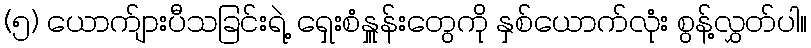
(၅) ယောက်ျားပီသခြင်းရဲ့ ရှေးစံနှူန်းတွေကို နှစ်ယောက်လုံး စွန့်လွှတ်ပါ။